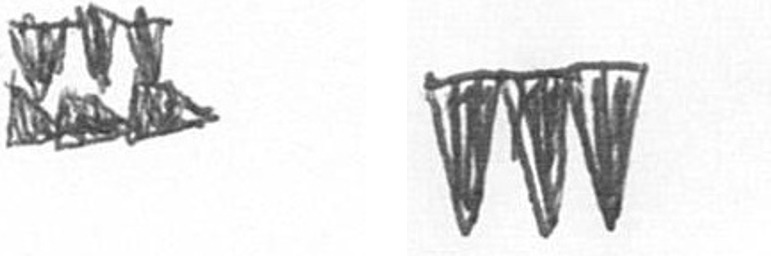
D L